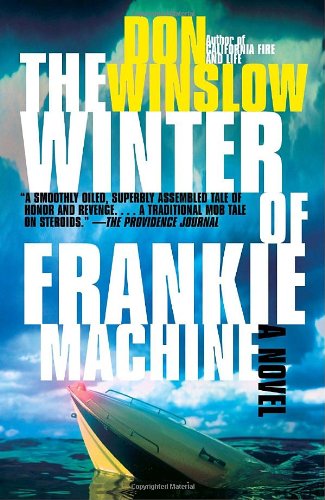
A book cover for The Winter of Frankie Machine (Vintage Crime/Black Lizard); Don Winslow; Mystery, Thriller & Suspense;